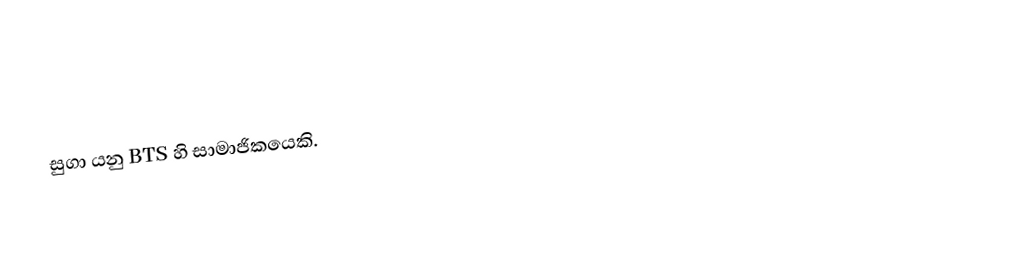
සුගා යනු BTS හි සාමාජිකයෙකි.